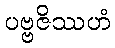
ပဗ္ဗဇိဿဟံ